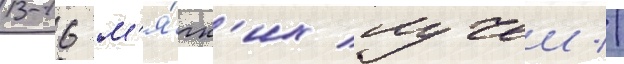
13-16 м'я́гк'их лучеи //